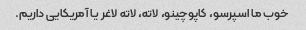
خوب ما اسپرسو، کاپوچینو، لاته، لاته لاغر یا آمریکایی داریم.